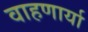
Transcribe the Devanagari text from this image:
वाहणार्या